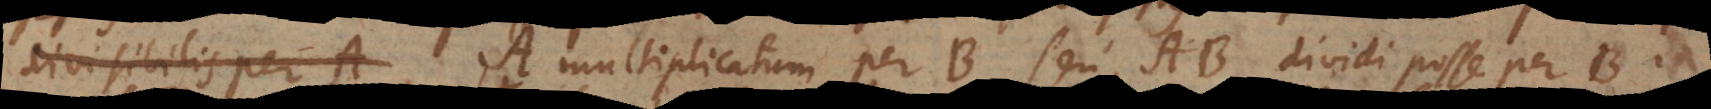
divisibilis per A A multiplicatum per B seu AB dividi posse per B. In